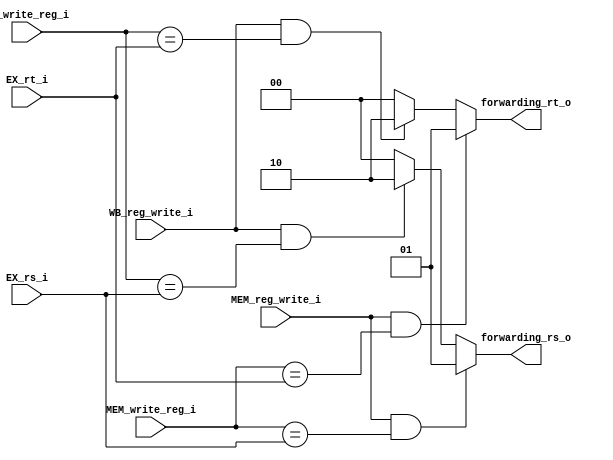
module Forwading(
    EX_rs_i,
    EX_rt_i,
    MEM_write_reg_i,
    MEM_reg_write_i,
    WB_write_reg_i,
    WB_reg_write_i,
    forwarding_rs_o,
    forwarding_rt_o
    );

input   [5-1:0] EX_rs_i, EX_rt_i, MEM_write_reg_i, WB_write_reg_i;
input           MEM_reg_write_i, WB_reg_write_i;
output  [2-1:0] forwarding_rs_o, forwarding_rt_o;

assign forwarding_rs_o = MEM_reg_write_i & (MEM_write_reg_i == EX_rs_i)? 1: 
                         WB_reg_write_i & (WB_write_reg_i == EX_rs_i)? 2:
                         0;

assign forwarding_rt_o = MEM_reg_write_i & (MEM_write_reg_i == EX_rt_i)? 1: 
                         WB_reg_write_i & (WB_write_reg_i == EX_rt_i)? 2:
                         0;

endmodule